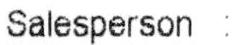
SALESPERSON :